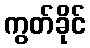
ကွတ်ခိုင်